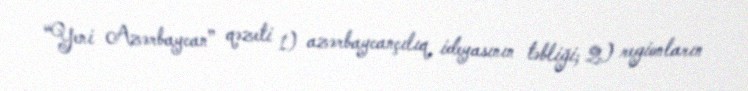
“Yeni Azərbaycan” qəzeti 1) azərbaycançılıq ideyasının təbliği; 2) regionların